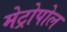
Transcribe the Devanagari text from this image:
मेट्रोपोल